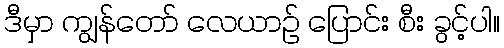
ဒီမှာ ကျွန်တော် လေယာဉ် ပြောင်း စီး ခွင့်ပါ။